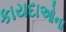
કાયદાઓના